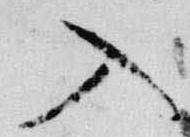
入